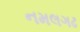
નમલગઢ